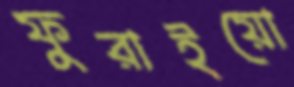
ফুরাইয়ো